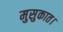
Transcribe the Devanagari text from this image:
मुसुकात।